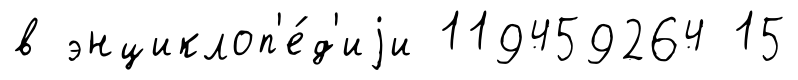
в энциклоп'е́д'иjи 119459264 15